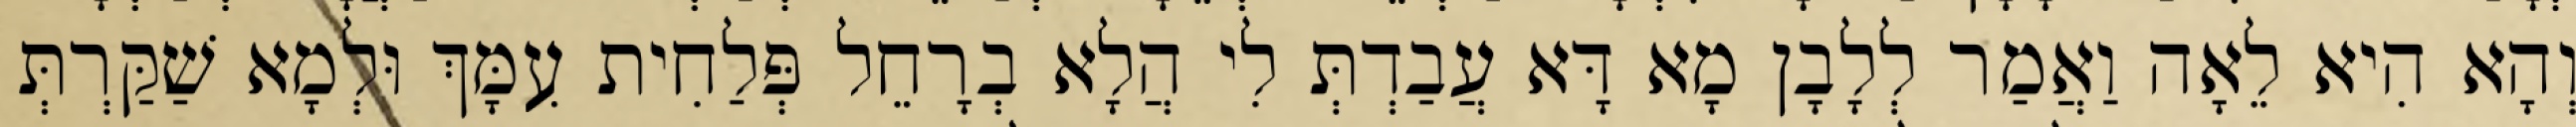
וְהָא הִיא לֵאָה וַאֲמַר לְלָבָן מָא דָּא עֲבַדְתְּ לִי הֲלָא בְרָחֵל פְּלַחִית עִמָּךְ וּלְמָא שַׁקַּרְתְּ